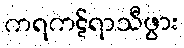
ကရကဋ်ရာသီဖွား